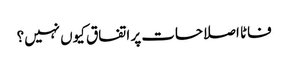
فاٹا اصلاحات پر اتفاق کیوں نہیں؟